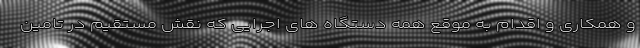
و همکاری و اقدام به موقع همه دستگاه های اجرایی که نقش مستقیم در تامین